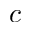
c